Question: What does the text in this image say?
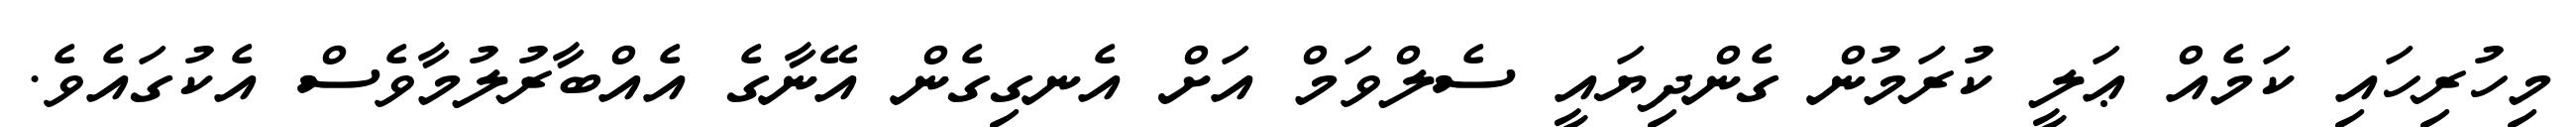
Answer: މިހުރިހައި ކަމެއް ޢަލީ ކުރަމުން ގެންދިޔައީ ސެލްވަމް އަށް އެނގިގެން އޭނާގެ އެއްބާރުލުމާވެސް އެކުގައެވެ.